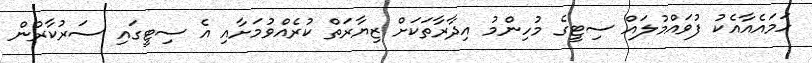
ހަމައެއާއެކު ފުވައްމުލައް ސިޓީގެ މުހިންމު އިދާރާތަކަށް ޒިޔާރަތް ކުރެއްވުމަށާއި އެ ސިޓީގައި ސަރުކާރުން